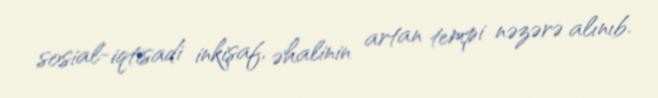
sosial-iqtisadi inkişaf, əhalinin artan tempi nəzərə alınıb.